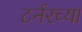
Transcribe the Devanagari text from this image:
टर्नरच्या